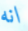
انه